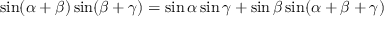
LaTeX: \sin ( \alpha + \beta ) \sin ( \beta + \gamma ) = \sin \alpha \sin \gamma + \sin \beta \sin ( \alpha + \beta + \gamma )